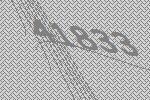
41833